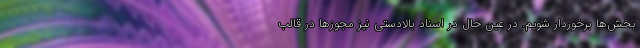
بخش‌ها برخوردار شویم. در عین حال در اسناد بالادستی نیز مجوزها در قالب